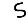
Digit: 5